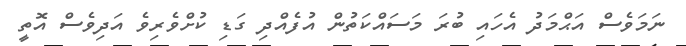
ނަމަވެސް އަޙްމަދު އެހައި ބުރަ މަސައްކަތުން އުފެއްދި ގަޑި ކުށްވެރިވެ އަދިވެސް އޮތީ